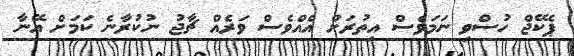
ޕެކޭޖް ހުސްވި ނަމަވެސް އިތުރަށް އެއްވެސް ވަރެއް ޗާޖު ނުކުރާނެ ކަމަށް އޭނާ